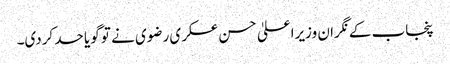
پنجاب کے نگران وزیراعلیٰ حسن عسکری رضوی نے تو گویا حد کردی۔